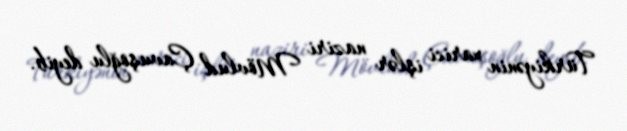
Türkiyənin xarici işlər naziri Mövlud Çavuşoğlu deyib.